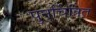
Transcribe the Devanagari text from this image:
पुनर्चित्रित